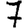
Digit: 7